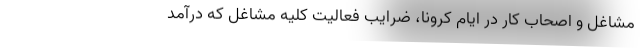
مشاغل و اصحاب کار در ایام کرونا، ضرایب فعالیت کلیه مشاغل که درآمد